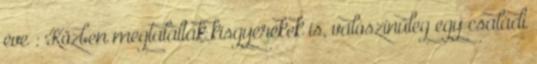
éve : Közben megtaláltak kisgyerekek is, valószínűleg egy családi